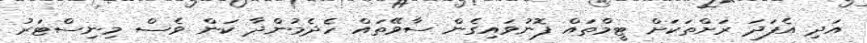
އަދި އެފަދަ ރަށްތަކަށް ޓީމްތައް ފޮނުވައިގެން ސާވޭތައް ހެދެމުންދާ ކަން ވެސް މިނިސްޓަރު